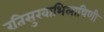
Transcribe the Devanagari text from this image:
रतिसुखाभिलाषिणी